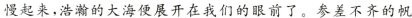
慢起来，浩瀚的大海便展开在我们的眼前了。参差不齐的帆